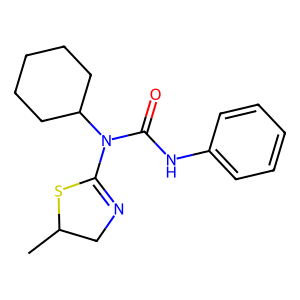
SMILES: CC1CN=C(N(C(=O)Nc2ccccc2)C2CCCCC2)S1
Inhibits HIV replication: No